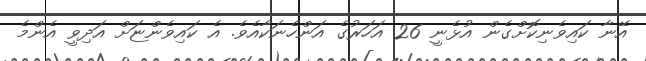
އޭނާ ކައިވެނިކޮށްގެން އުޅެނީ 26 އަހަރުގެ އަންހެނަކާއެވެ. އެ ކައިވެންޏަށް އަދިވީ އެންމެ